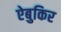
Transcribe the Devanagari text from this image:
ऐबुकिर